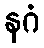
နဂံ